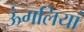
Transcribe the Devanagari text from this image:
ऊंगलियां